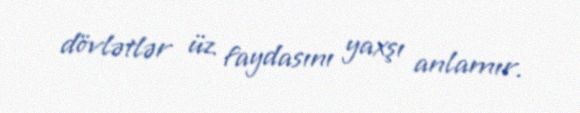
dövlətlər üz faydasını yaxşı anlamır.